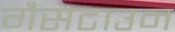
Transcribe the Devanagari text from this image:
गैसटाउन